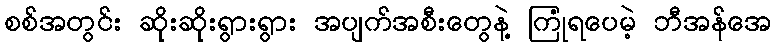
စစ်အတွင်း ဆိုးဆိုးရွားရွား အပျက်အစီးတွေနဲ့ ကြုံရပေမဲ့ ဘီအန်အေ